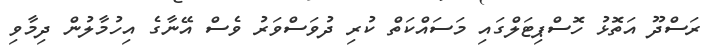
ރަސްދޫ އަތޮޅު ހޮސްޕިޓަލްގައި މަސައްކަތް ކުރި ދުވަސްވަރު ވެސް އޭނާގެ އިހުމާލުން ދިމާވި